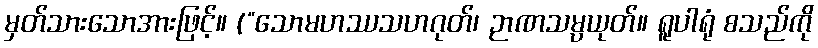
မှတ်သားသောအားဖြင့်။ (“သောမဟဿသဟဂုတ်၊ ဉာဏသမ္ပယုတ်။ ရူပါရုံ စသည်ကို